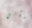
وسآتي